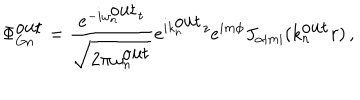
\Phi _ { G n } ^ { \mathrm { o u t } } = \frac { e ^ { - i \omega _ { n } ^ { \mathrm { o u t } } t } } { \sqrt { 2 \pi \omega _ { n } ^ { \mathrm { o u t } } } } e ^ { i k _ { n } ^ { \mathrm { o u t } } z } e ^ { i m \phi } J _ { \alpha | m | } ( k _ { n } ^ { \mathrm { o u t } } r ) \, ,